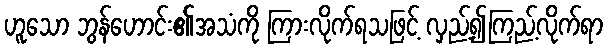
ဟူသော ဘွန်ဟောင်း၏အသံကို ကြားလိုက်ရသဖြင့် လှည့်၍ကြည့်လိုက်ရာ